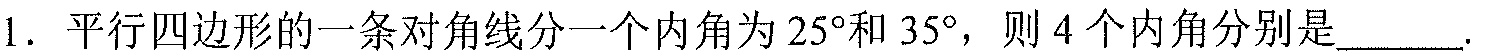
1. 平行四边形的一条对角线分一个内角为 \(25^{\circ}\)和 \(35^{\circ}\)，则 \(4\)个内角分别是______.